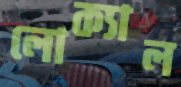
লোক্যাল